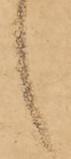
候